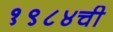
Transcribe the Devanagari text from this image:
१९८४ची